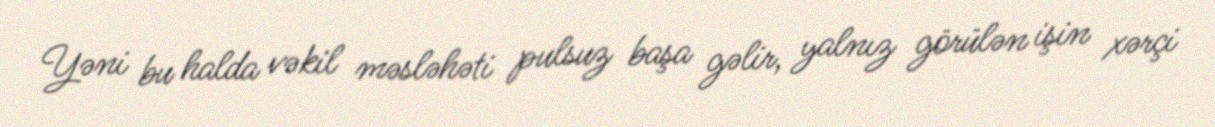
Yəni bu halda vəkil məsləhəti pulsuz başa gəlir, yalnız görülən işin xərçi